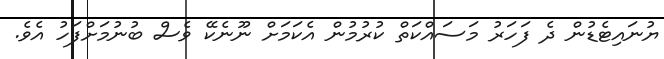
ޔުނައިޓެޑުން ދެ ފަހަރު މަސައްކަތް ކުރުމުން އެކަމަށް ނޫނެކޭ ވެސް ބުނުމަށްފަހު އެވެ.